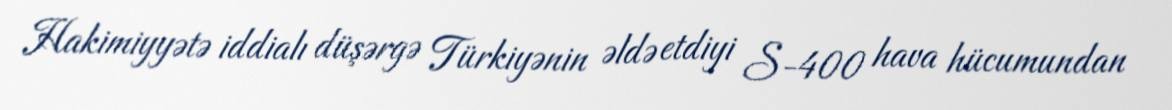
Hakimiyyətə iddialı düşərgə Türkiyənin əldə etdiyi S-400 hava hücumundan